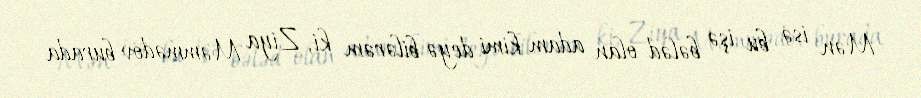
Mən isə bu işə bələd olan adam kimi deyə bilərəm ki, Ziya Məmmədov burada